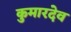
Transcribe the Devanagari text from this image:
कुमारदेव